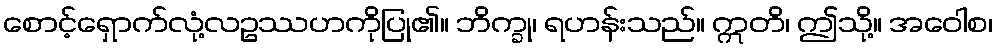
စောင့်ရှောက်လုံ့လဥဿဟကိုပြု၏။ ဘိက္ခု၊ ရဟန်းသည်။ ဣတိ၊ ဤသို့။ အဝေါစ၊